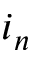
i _ { n }